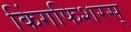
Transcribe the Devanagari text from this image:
किंगफिशरस्